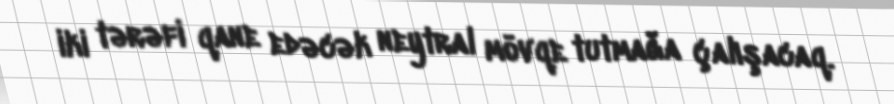
iki tərəfi qane edəcək neytral mövqe tutmağa çalışacaq.